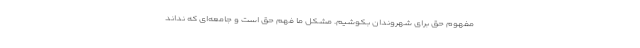
مفهوم حق برای شهروندان بکوشیم. مشکل ما فهم حق است و جامعه‌ای که نداند